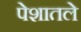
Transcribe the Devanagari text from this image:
पेशातले